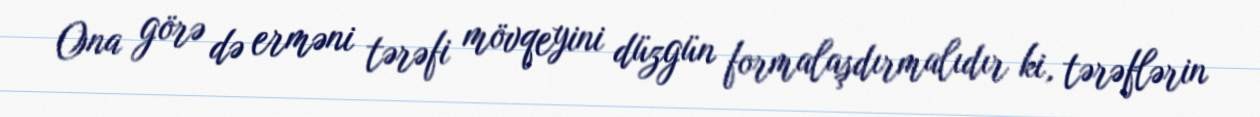
Ona görə də erməni tərəfi mövqeyini düzgün formalaşdırmalıdır ki, tərəflərin